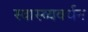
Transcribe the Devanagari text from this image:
स्वास्थ्यवर्धन